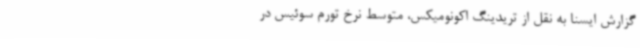
گزارش ایسنا به نقل از تریدینگ اکونومیکس، متوسط نرخ تورم سوئیس در